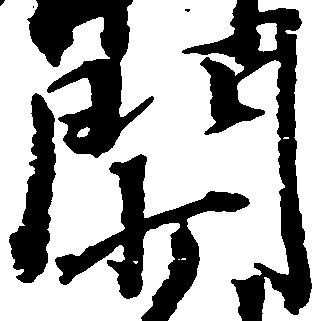
門